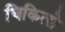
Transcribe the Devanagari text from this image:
चिकित्से